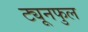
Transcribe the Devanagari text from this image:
ट्यूनफुल